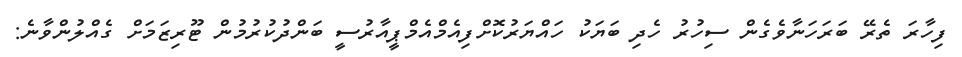
ފިހާރަ ތެރޭ ބަރަހަނާވެގެން ސިހުރު ހެދި ބަޔަކު ހައްޔަރުކޮށްފިއެމްއެމްޕީއާރުސީ ބަންދުކުރުމުން ޓޫރިޒަމަށް ގެއްލުންވާނެ: